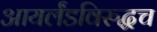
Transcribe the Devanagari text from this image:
आयर्लंडविरुद्धच